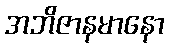
အဘိဇာနမာနော